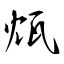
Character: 瓭